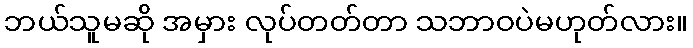
ဘယ်သူမဆို အမှား လုပ်တတ်တာ သဘာဝပဲမဟုတ်လား။